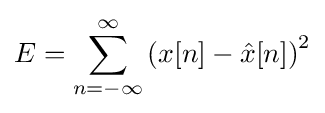
E=\sum _{n=-\infty }^{\infty }\left(x[n]-{\hat {x}}[n]\right)^{2}